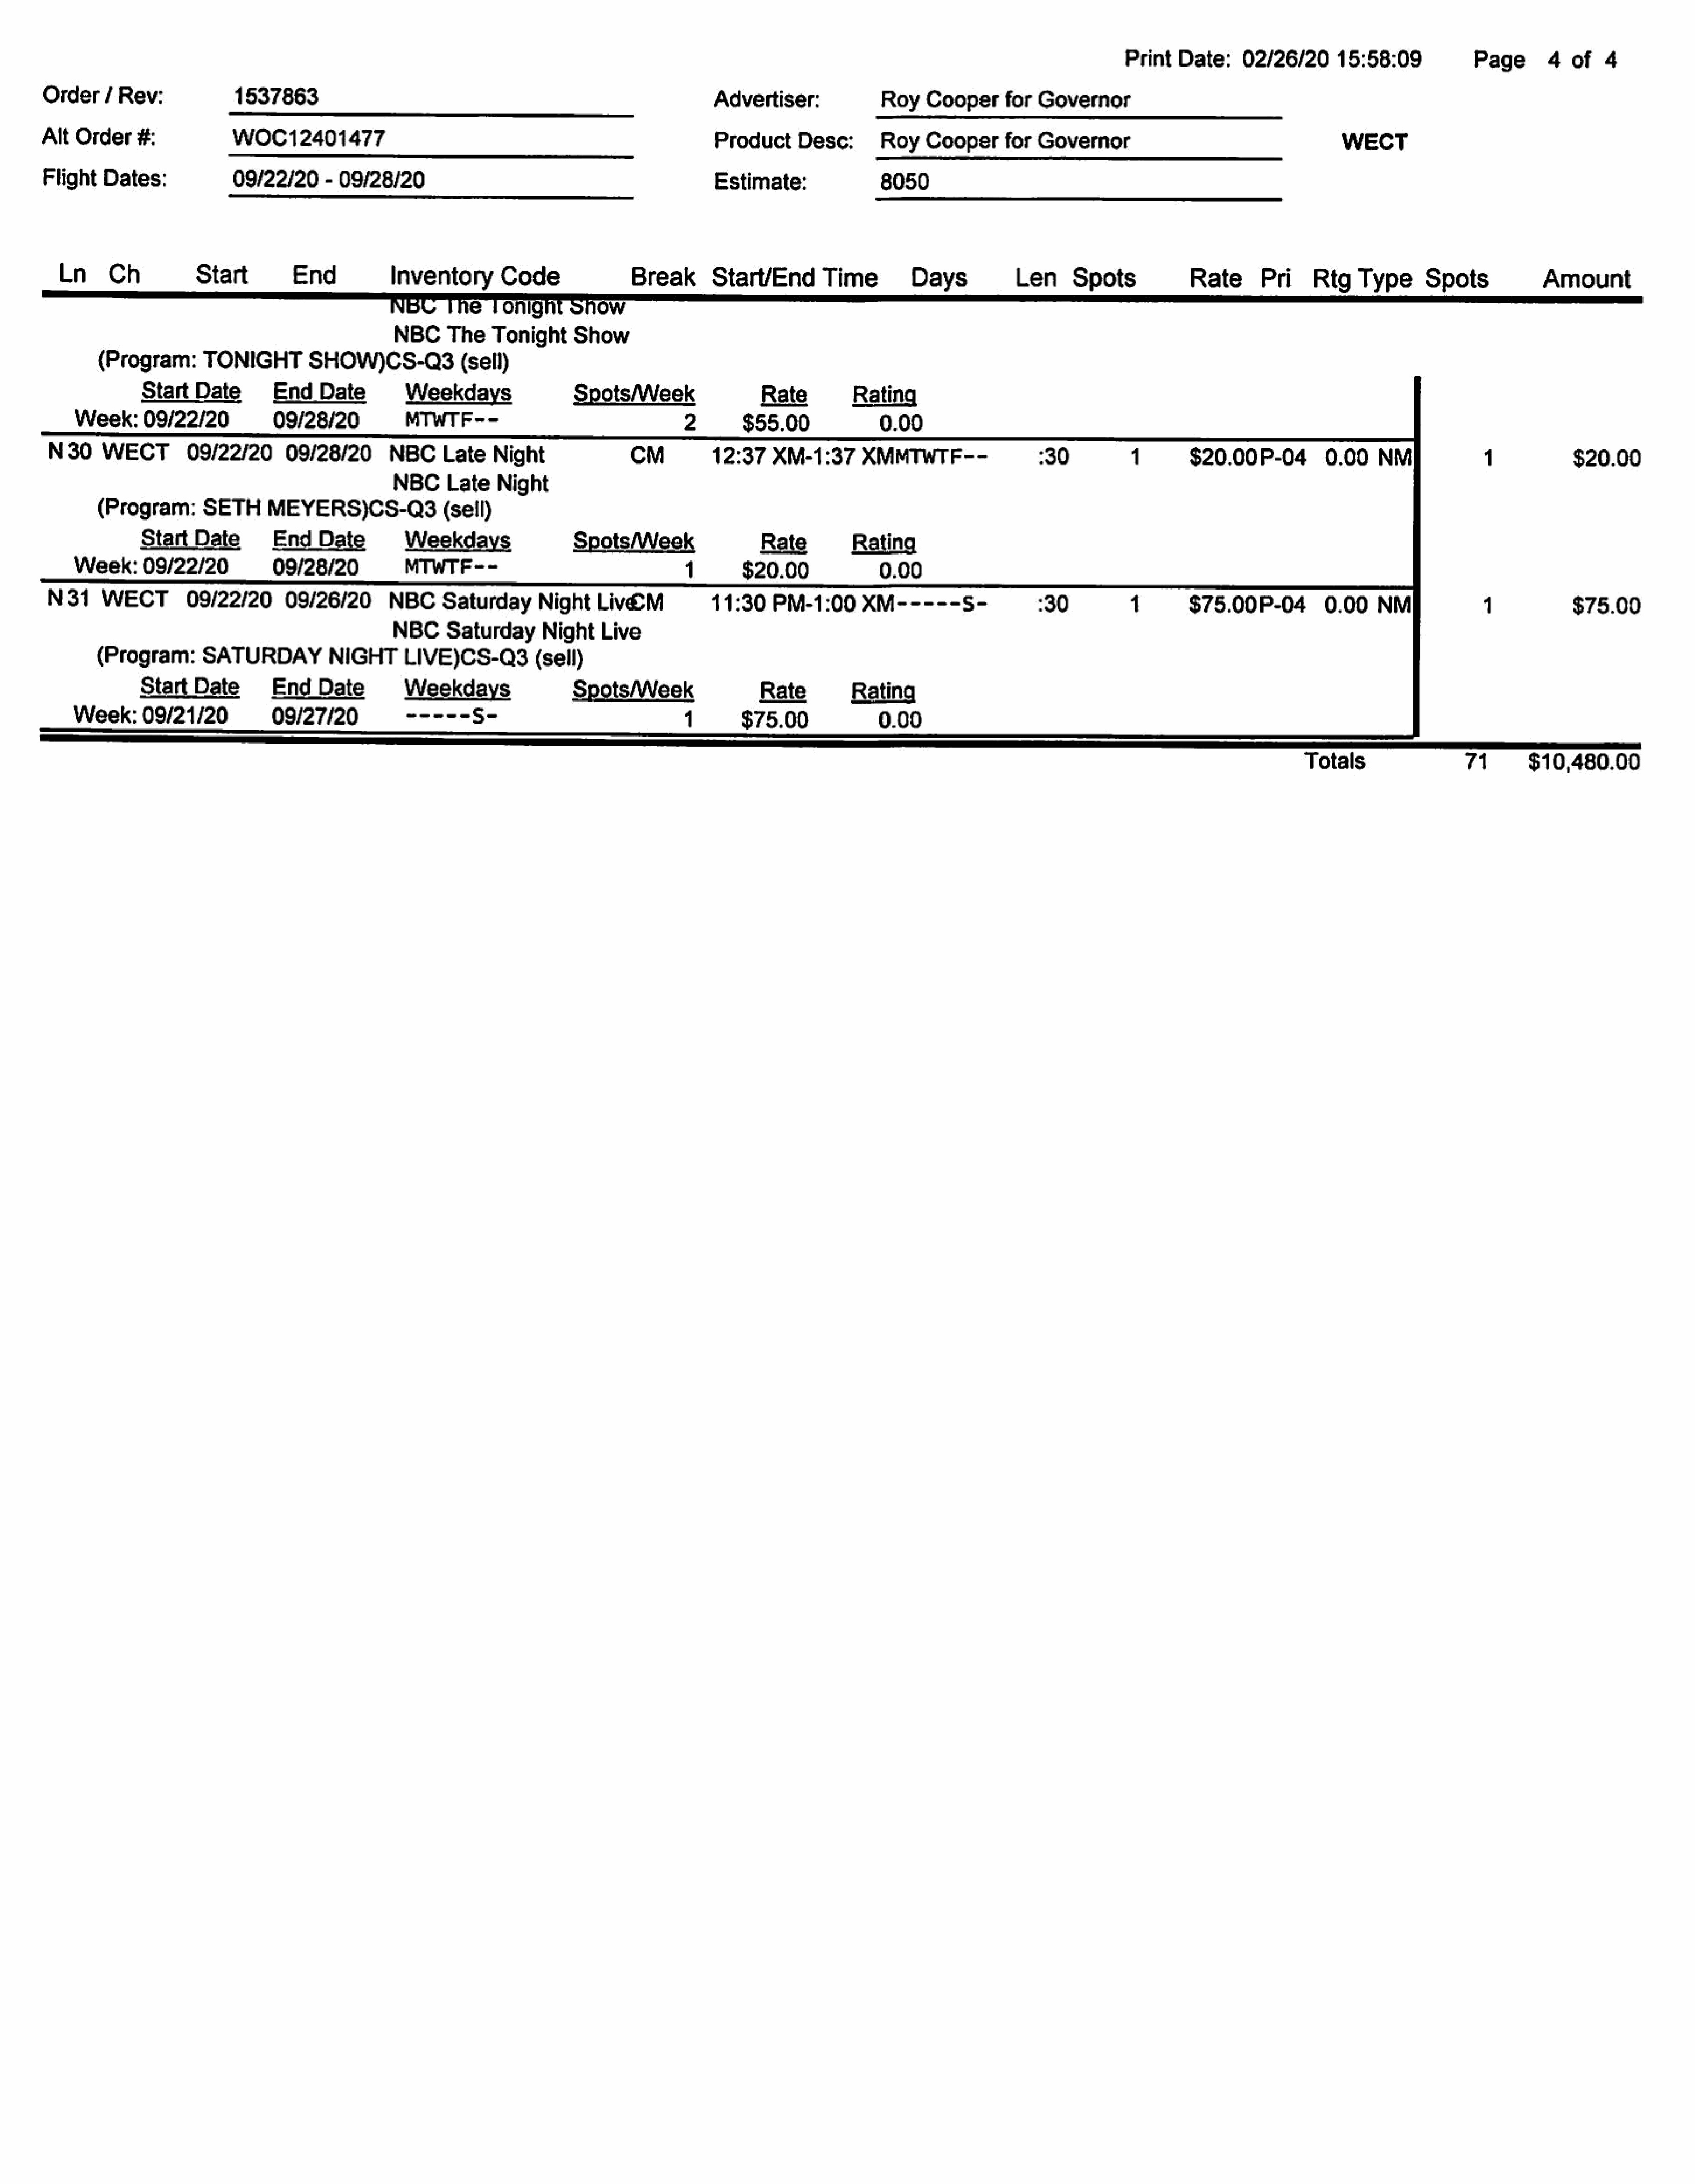
Print   Date:    02/26/20      15:58:09           Page      4   of  4
 Order    / Rev:            1537863                                                             Advertiser:             Roy   Cooperfor       Governor
 Alt  Order   #:            WOC12401477                                                         Product     Desc:       Roy   Cooper     for  Governor                                   WECT
 Flight   Dates:            09/22/20     - 09/28/20                                             Estimate:               8050
 Ln    Ch           Start         End          Inventory       Code               Break      Start/End      Time         Days           Len     Spots            Rate      Pri    Rtg   Type      Spots            Amount
 e   10
 NBCTheTonight            Show
 (Program:      TONIGHT        SHOW)CS-Q3(sell)
 Start   Date       EndDate           Weekdays                Spots/Week                 Rate         Rating
 Week:    09/22/20           09/28/20.         MTWTF--                                 2       ‘$55.00             0.00
 N30    WECT         09/22/20      09/28/20      NBC     Late   Night              CM          12:37    XM-1:37     XMMTWTF--                :30          1        $20.00P-04         0.00   NM             1            $20.00
 NBCLate        Night
 (Program:      SETH     MEYERS)CS-Q3(sell)
 StartDate          EndDate           Weekdays                SpotsWeek                  Rate         Rating
 Week:    09/22/20           09/28/20          MTWTF--                                 1       $20.00              0.00
 N31    WECT         09/22/20     09/26/20       NBC     Saturday     Night    Liv©M           11:30    PM-1:00     XM-----'s-               :30                   $75.00P-04         0.00   NM             1            $75.00
 NBC    Saturday      NightLive
 (Program:      SATURDAYNIGHT               LIVE)CS-Q3(sell)
 StartDate          End   Date        Weekdays                Spots/Week                 Rate         Rating
 Week:    09/21/20           09/27/20           -----S-                                1___    $75.00              0.00
 ———————————————eeee—————eEE—————————e
 Totals                 71       $10,480.00